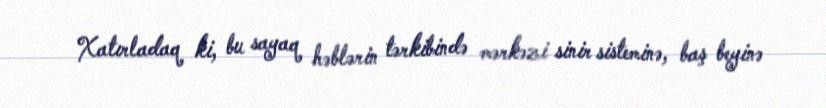
Xatırladaq ki, bu sayaq həblərin tərkibində mərkəzi sinir sisteminə, baş beyinə